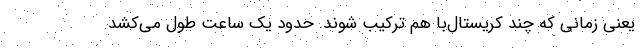
یعنی زمانی که چند کریستال‌با هم ترکیب شوند. حدود یک ساعت طول می‌کشد